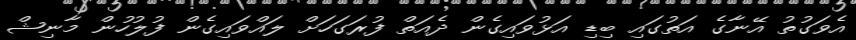
އެވަގުތު އޭނާގެ އަތުގައި ބިޑި އަޅުވައިގެން ދެއަތް ފުރަގަހަށް ލައްވައިގެން ފުލުހުން މާނިޝް